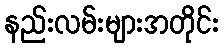
နည်းလမ်းများအတိုင်း